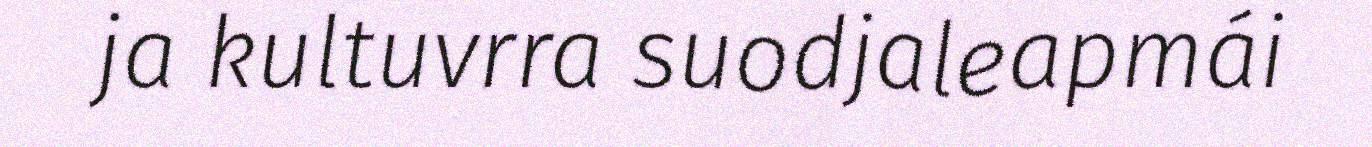
ja kultuvrra suodjaleapmái